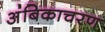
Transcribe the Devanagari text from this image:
अंबिकाचरण